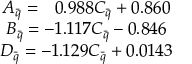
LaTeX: \begin{array} { c l l l c } { { A _ { \bar { q } } = ~ ~ 0 . 9 8 8 C _ { \bar { q } } + 0 . 8 6 0 } } \\ { { B _ { \bar { q } } = - 1 . 1 1 7 C _ { \bar { q } } - 0 . 8 4 6 } } \\ { { D _ { \bar { q } } = - 1 . 1 2 9 C _ { \bar { q } } + 0 . 0 1 4 3 } } \end{array}